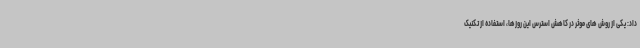
داد: یکی از روش های موثر در کاهش استرس این روزها، استفاده از تکنیک